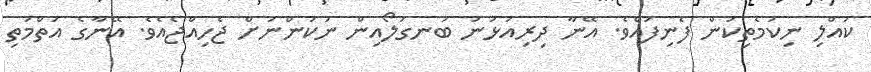
ކުއްލި ނިކަމެތިކަން ފެނިފައެވެ. އޭނާ ދިރިއުޅުނު ބަނގަލޯއިން ނުކުންނަށް ޖެހިއްޖެއެވެ. އޭނާގެ އަތްމަތި